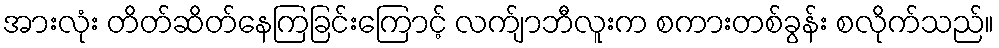
အားလုံး တိတ်ဆိတ်နေကြခြင်းကြောင့် လက်ျာဘီလူးက စကားတစ်ခွန်း စလိုက်သည်။